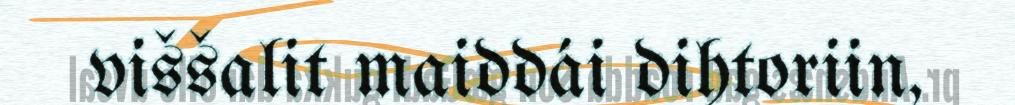
viššalit maiddái dihtoriin,